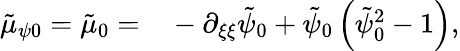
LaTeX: \begin{array}{rl}{\tilde{\mu}_{\psi 0}=\tilde{\mu}_{0}=}&{{}-\partial_{\xi\xi}\tilde{\psi}_{0}+\tilde{\psi}_{0}\left(\tilde{\psi}_{0}^{2}-1\right),}\end{array}